Annual administration and progress report of the Indian Medical Department, Bombay
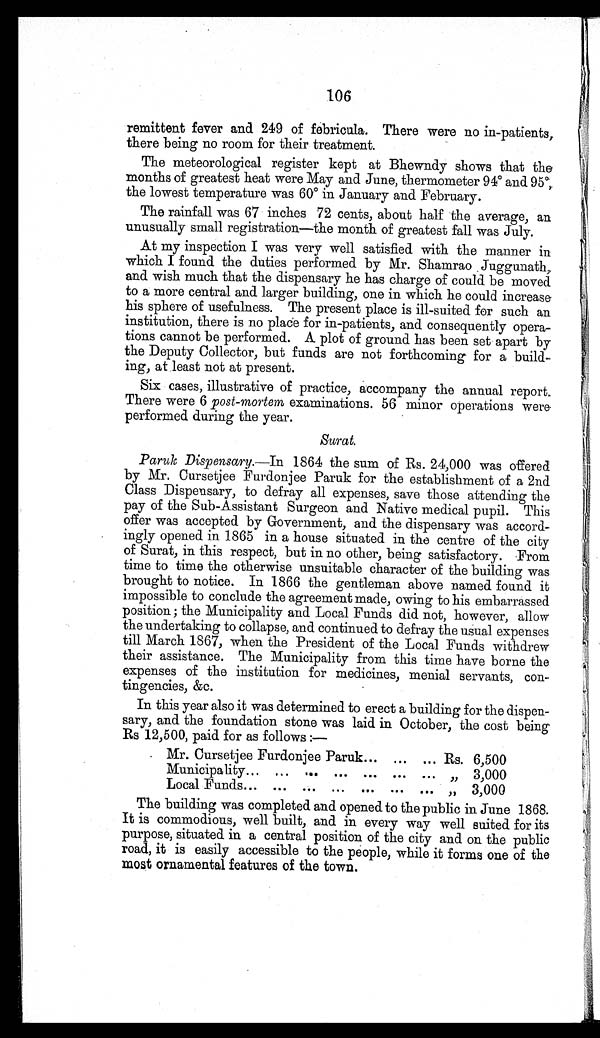
106
remittent fever and 249 of febricula. There were no in-patients,
there being no room for their treatment.
The meteorological register kept at Bhewndy shows that the
months of greatest heat were May and June, thermometer 94° and 95º,
the lowest temperature was 60° in January and February.
The rainfall was 67 inches 72 cents, about half the average, an
unusually small registration—the month of greatest fall was July.
At my inspection I was very well satisfied with the manner in
which I found the duties performed by Mr. Shamrao Juggunath,
and wish much that the dispensary he has charge of could be moved
to a more central and larger building, one in which he could increase
his sphere of usefulness. The present place is ill-suited for such an
institution, there is no place for in-patients, and consequently opera-
tions cannot be performed. A plot of ground has been set apart by
the Deputy Collector, but funds are not forthcoming for a build-
ing, at least not at present.
Six cases, illustrative of practice, accompany the annual report.
There were 6 post-mortem examinations. 56 minor operations were
performed during the year.
Surat.
Paruk Dispensary. —In 1864 the sum of Rs. 24,000 was offered
by Mr. Cursetjee Furdonjee Paruk for the establishment of a 2nd
Class Dispensary, to defray all expenses, save those attending the
pay of the Sub-Assistant Surgeon and Native medical pupil. This
offer was accepted by Government, and the dispensary was accord-
ingly opened in 1865 in a house situated in the centre of the city
of Surat, in this respect, but in no other, being satisfactory. From
time to time the otherwise unsuitable character of the building was
brought to notice. In 1866 the gentleman above named found it
impossible to conclude the agreement made, owing to his embarrassed
position; the Municipality and Local Funds did not, however, allow
the undertaking to collapse, and continued to defray the usual expenses
till March 1867, when the President of the Local Funds withdrew
their assistance. The Municipality from this time have borne the
expenses of the institution for medicines, menial servants, con-
tingencies, &c.
In this year also it was determined to erect a building for the dispen-
sary, and the foundation stone was laid in October, the cost being
Rs 12,500, paid for as follows:—
Mr. Cursetjee Furdonjee Paruk... ... ... Rs. 6,500
Municipality... ... . . . ... ... ... ... ... „ 3,000
Local Funds... ... ... ... ... ... ... ... „ 3,000
The building was completed and opened to the public in June 1868.
It is commodious, well built, and in every way well suited for its
purpose, situated in a central position of the city and on the public
road, it is easily accessible to the people, while it forms one of the
most ornamental features of the town.